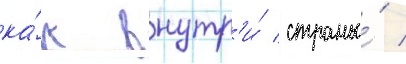
ка́к внутр'и́ страны́ /